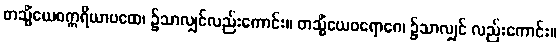
တသ္မိံယေဝဣရိယာပထေ၊ ၌သာလျှင်လည်းကောင်း။ တသ္မိံယေဝရောဂေ၊ ၌သာလျှင် လည်းကောင်း။